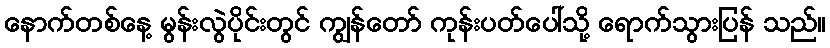
နောက်တစ်နေ့ မွန်းလွဲပိုင်းတွင် ကျွန်တော် ကုန်းပတ်ပေါ်သို့ ရောက်သွားပြန် သည်။